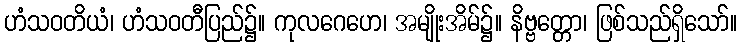
ဟံသဝတိယံ၊ ဟံသဝတီပြည်၌။ ကုလဂေဟေ၊ အမျိုးအိမ်၌။ နိဗ္ဗတ္တော၊ ဖြစ်သည်ရှိသော်။